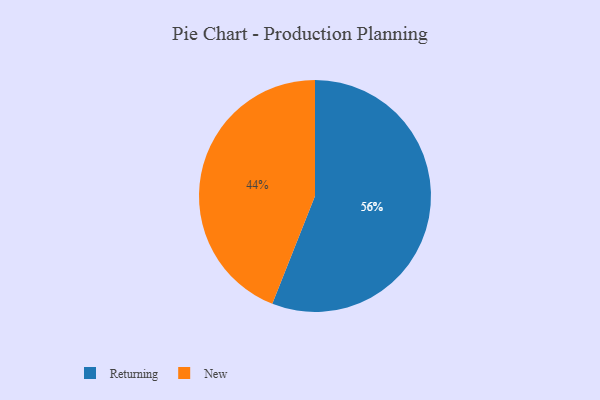
{"axis": {"x": "Category", "y": "Percentage"}, "legend": ["New", "Returning"], "data": [{"x": "Returning", "y": 56, "type": "Returning"}, {"x": "New", "y": 44, "type": "New"}]}